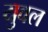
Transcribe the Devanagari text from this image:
युवल